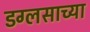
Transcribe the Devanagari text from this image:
डग्लसाच्या